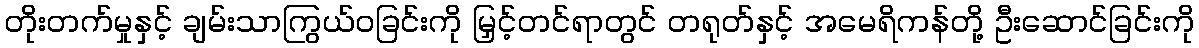
တိုးတက်မှုနှင့် ချမ်းသာကြွယ်ဝခြင်းကို မြှင့်တင်ရာတွင် တရုတ်နှင့် အမေရိကန်တို့ ဦးဆောင်ခြင်းကို